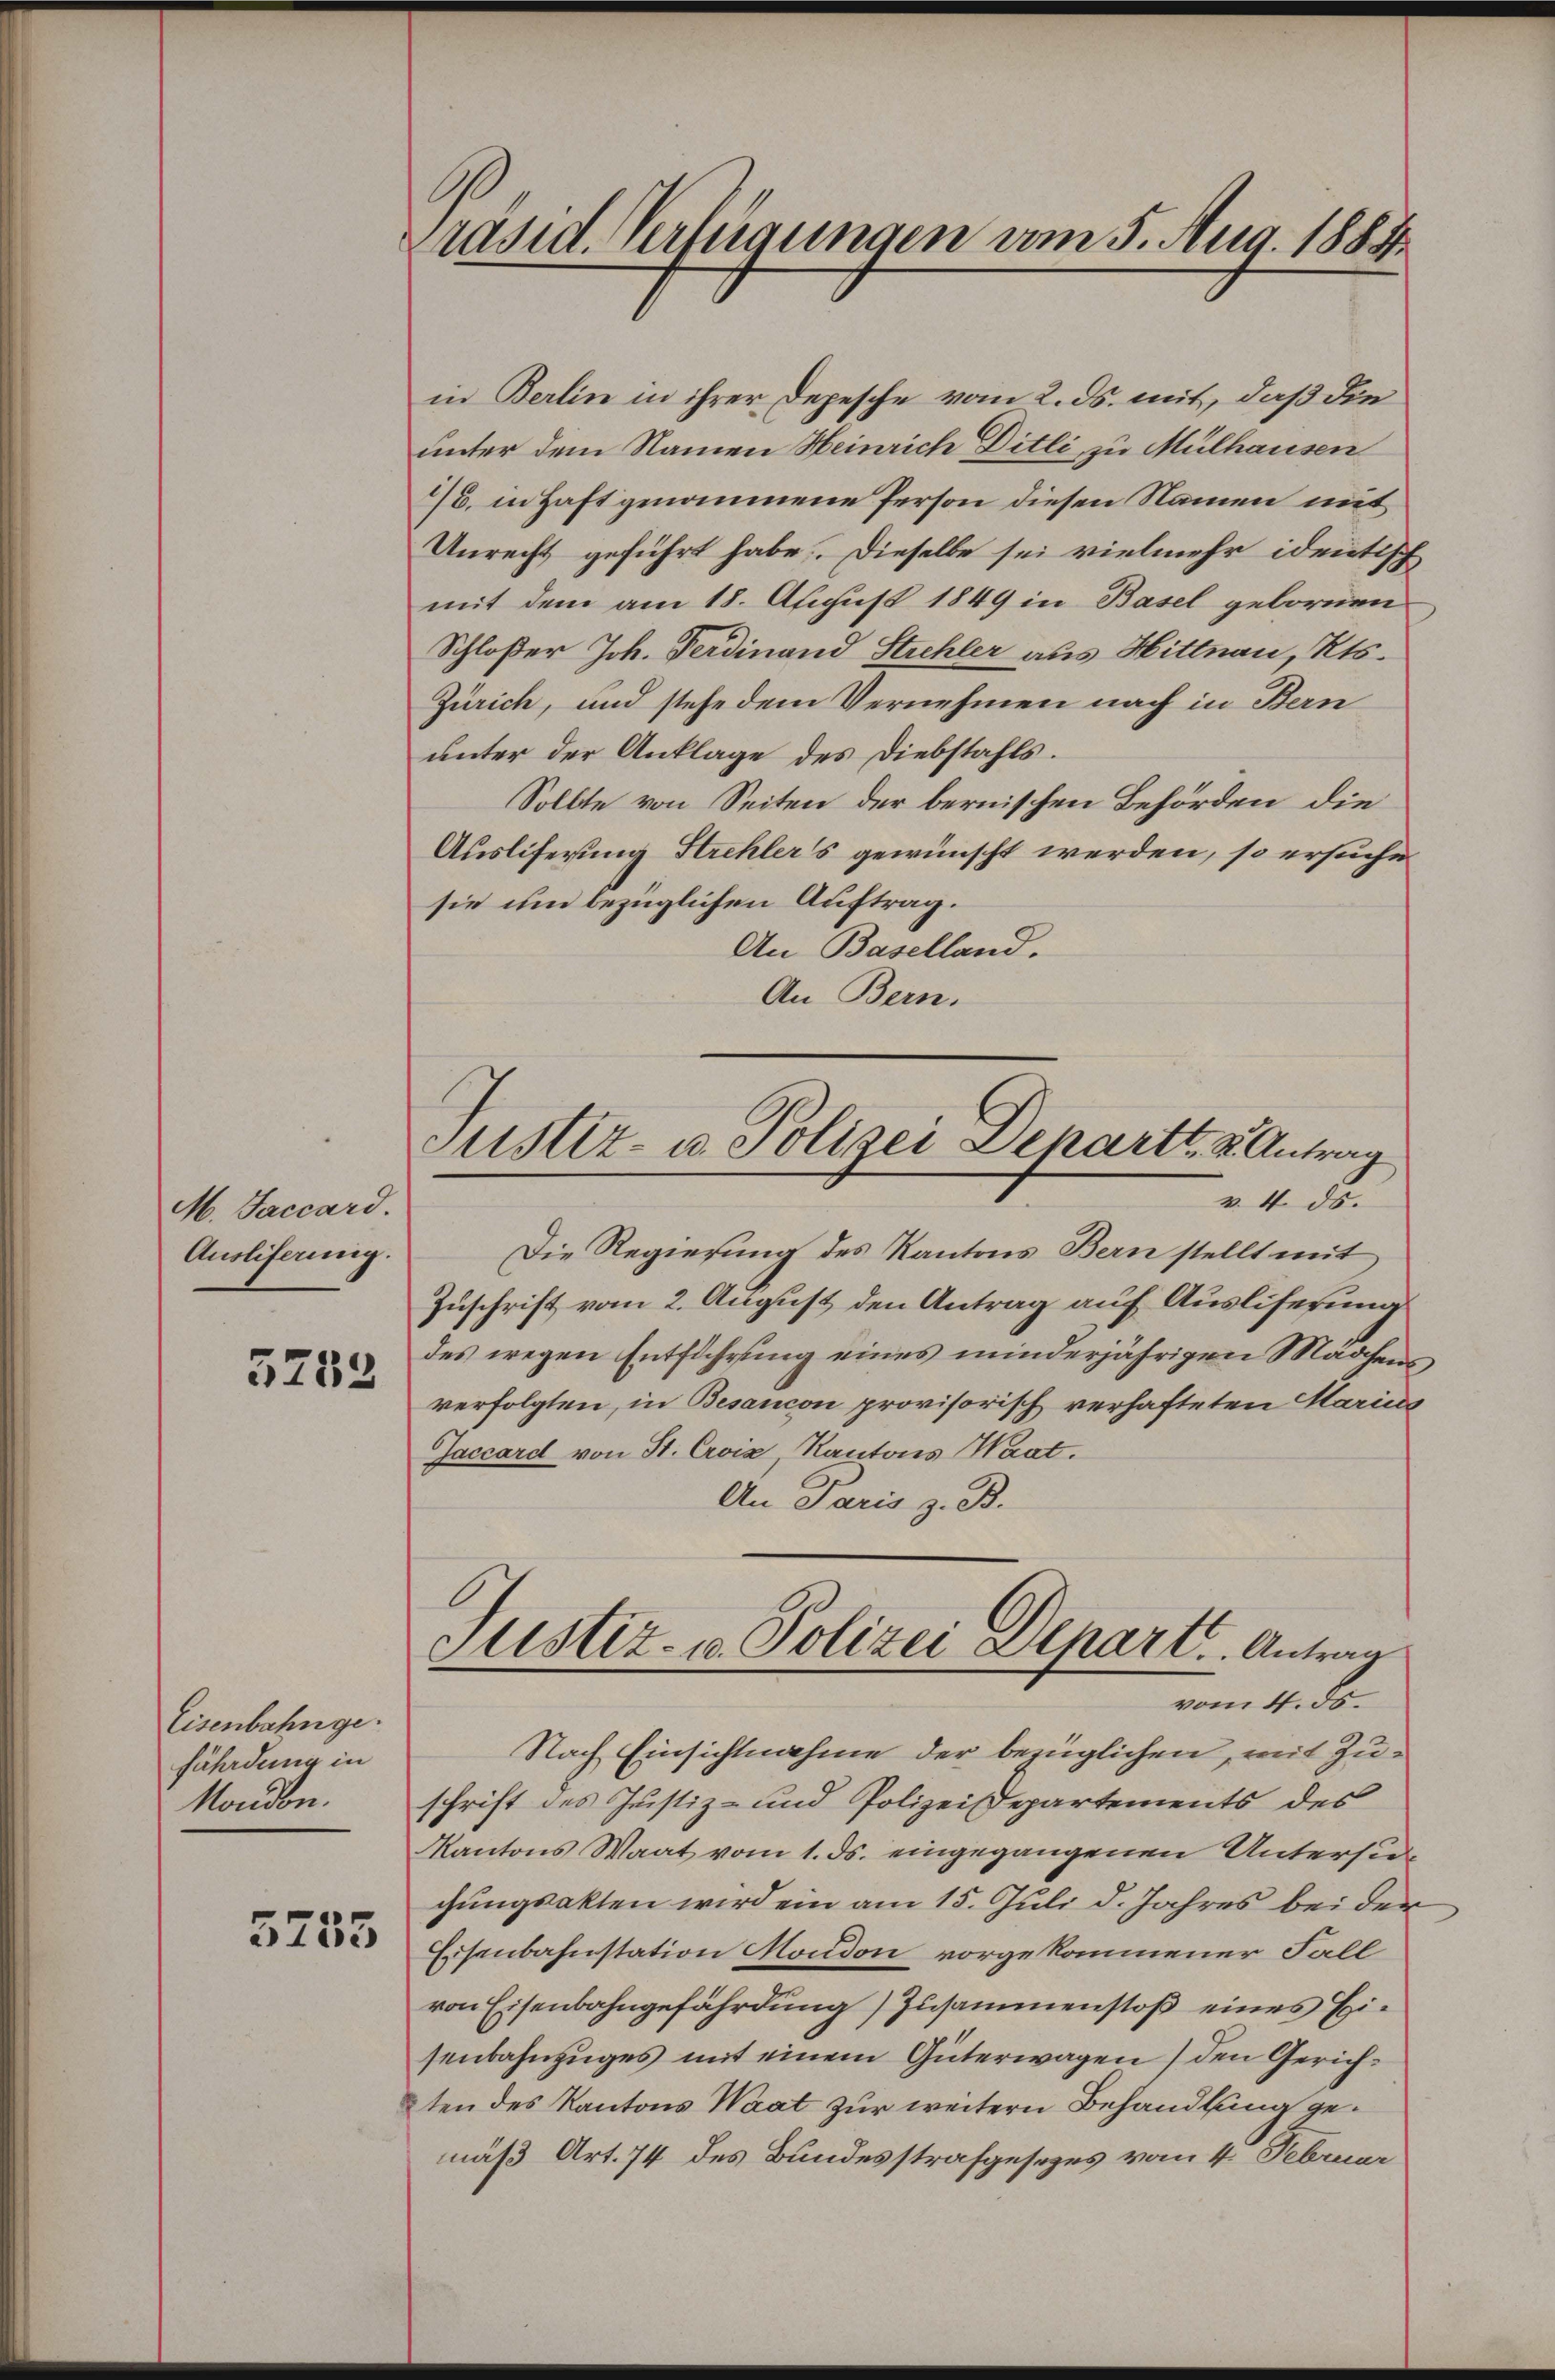
M. Jaccard.
Ausliferung.
3252

Eisenbahnge.
fährdung in
Nondon.

5755

räsid. Verfügungen am 5. Aug. 1884.

in Berlin in ihrer Depesche vom 2. ds. mit, daß die
unter dem Namen Heinrich Ditli zu Mülhausen
1. in Haft genommene Person diesen Namen mit
Unrecht geführt habe. Dieselbe sei vielmehr identisch
mit dem am 18. August 1849 in Basel gebornen
Schloßer Joh. Ferdinand Strehler aus Hittnau, Kts.
Zürich, und stehe dem Vernehmen nach in Bern
unter der Anklage des Diebstahls.
Sollte von Seiten der bernischen Behörden die
Ausliferung Strehlers gewünscht werden, so ersuche
sie um bezüglichen Auftrag.
An Baselland.
An Bern.
Die Regierung des Kantons Bern stellt mit
Zuschrift vom 2. August den Antrag auf Ausliferung
des wegen Entführung eines minderjährigen Mädchens,
verfolgten, in Besancon provisorisch verhafteten Marius
Jaccard von St. Croix, Kantons Waat.
An Paris z. B.
Justiz- u. Polizei Depart. Antrag
vom 4. ds.
Nach Einsichtnahme der bezüglichen, mit Zuschrift des Justiz- und Polizei Departements des
Kantons Waat vom 1. ds. eingegangenen Untersuchungsakten wird ein am 15. Juli d. Jahres bei der
Eisenbahnstation Moudon vorgekommener Fall
von Eisenbahngefährdung) Zusammenstoß eines Eisenbahnzuges mit einem Güterwagen) den Gerichten des Kantons Waat zur weitern Behandlung gemäß Art. 74 des Bundesstrafgesezes vom 4. Februar

Justiz- u. Polizei Depart, u. Antrag
v. 4. ds.